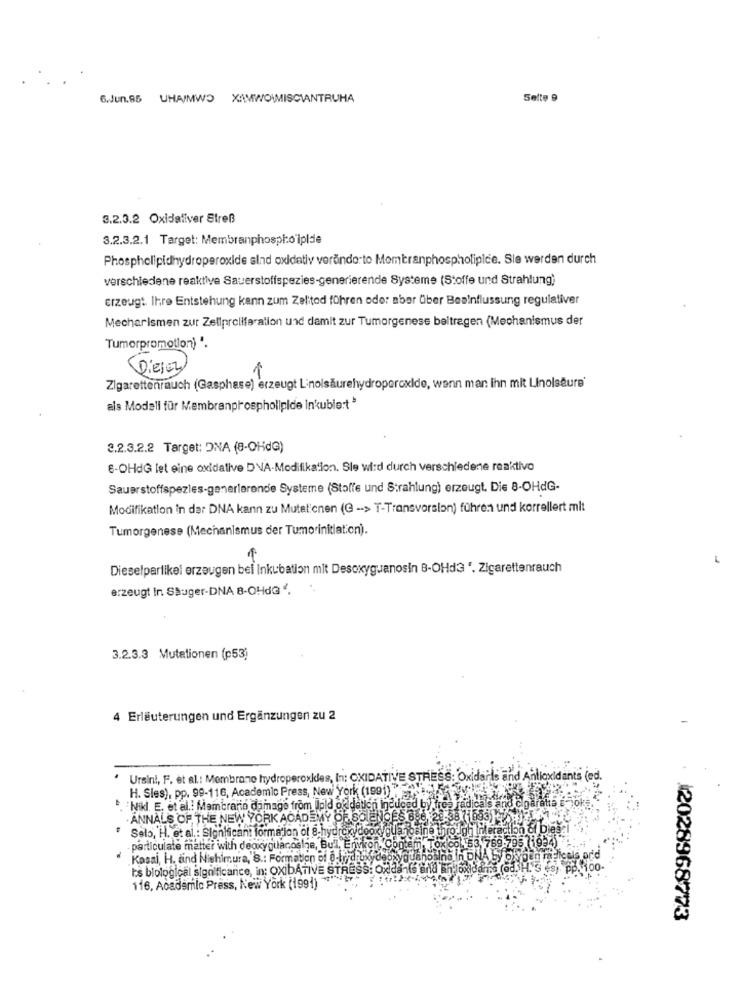
6.Jun.85 UHA/MWO XAIMWOIMISCIANTRUHA
Selte 9
3.2.3.2 Oxidaliver Streß
3.2.3.2.1 Target: Membranphospho iplde
Phospholipidhydroperoxide sind oxidativ vorando to Membranphospholipide. Sie werden durch
verschiedene reaktive Sauerstoffspezies-generierende Systeme (Stoffe und Strahlung)
erzeugt. Ihre Entstehung kann zum Zelited führen ode: aber Über Beeinflussung regulativer
Mecharismen zur Zeliproliferation und damit zur Tumorgenese beitragen (Mechanismus der
Tumorpromotion) ".
Diesez
1
Zigarettenrauch (Gasphase) erzeugt Linolsäurehydroperoxide, wenn man Ihn mit Linolsäure'
als Modell für Membranphospholipide Inkuble:t'
2.2.3.2.2 Target: DNA (8-OHdG)
6-OHdG let eine oxidative DVA-Modifikation. Sle wird durch verschiedene reaktivo
Sauerstoffspezles-generlerende Systeme (Stoffe und Strahlung) erzeugt. Die 8-OHdG-
Modifikation in der DNA kann zu Mutationen (G -- > T-Transversion) führen und korrellert mit
Tumorgenese (Mechanismus der Tumorinitiation).
2
Dieselparlikel erzeugen bei Inkubation mit Desoxyguanosin B-OHda '. Zigarettenrauch
erzeugt In Sauger-DNA 8-OHdG ".
3.2.3.3 Mutationen (p53)
4 Erläuterungen und Ergänzungen zu 2
Ursini, F. et al .: Membrane hydroperoxides, In: OXIDATIVE STRESS: Oxidarls and Antioxidants (ed.
H. Sies), pp. 99-116, Academic Press, New York (1991)""
. Nikl. E. et al .: Mamcranio damage from Ilpld or
ed by
· ANNALS OF THE NEW YORK ACADEMY OF S
" Selo, H. et al .: Significant formation of 8.hydroxydeok
9.795 (1994)
. particulate matter with deoxygulanosine, Bul, Environ, Con
53,76
Kosai, H. and Nishimura, S .: Formation of @-hydroxydeo youahosind in DNA by oxygenma?
cals ard
Is biological significance, in: OXIDATIVE STRESS: Oxida is and The
116, Academic Press, New York (1991)
12028968773